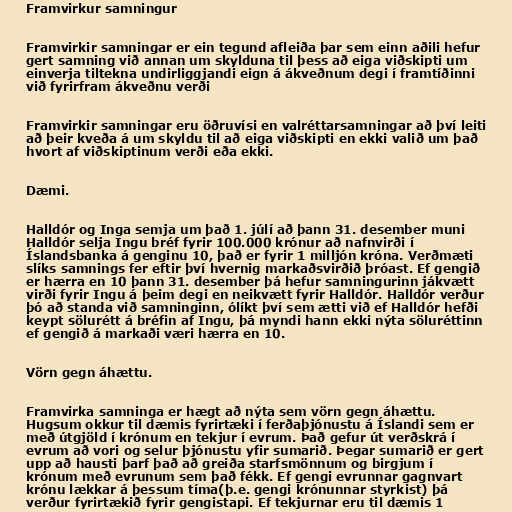
Framvirkur samningur

Framvirkir samningar er ein tegund afleiða þar sem einn aðili hefur
gert samning við annan um skylduna til þess að eiga viðskipti um
einverja tiltekna undirliggjandi eign á ákveðnum degi í framtíðinni
við fyrirfram ákveðnu verði

Framvirkir samningar eru öðruvísi en valréttarsamningar að því leiti
að þeir kveða á um skyldu til að eiga viðskipti en ekki valið um það
hvort af viðskiptinum verði eða ekki.

Dæmi.

Halldór og Inga semja um það 1. júlí að þann 31. desember muni
Halldór selja Ingu bréf fyrir 100.000 krónur að nafnvirði í
Íslandsbanka á genginu 10, það er fyrir 1 milljón króna. Verðmæti
slíks samnings fer eftir því hvernig markaðsvirðið þróast. Ef gengið
er hærra en 10 þann 31. desember þá hefur samningurinn jákvætt
virði fyrir Ingu á þeim degi en neikvætt fyrir Halldór. Halldór verður
þó að standa við samninginn, ólíkt því sem ætti við ef Halldór hefði
keypt sölurétt á bréfin af Ingu, þá myndi hann ekki nýta söluréttinn
ef gengið á markaði væri hærra en 10.

Vörn gegn áhættu.

Framvirka samninga er hægt að nýta sem vörn gegn áhættu.
Hugsum okkur til dæmis fyrirtæki í ferðaþjónustu á Íslandi sem er
með útgjöld í krónum en tekjur í evrum. Það gefur út verðskrá í
evrum að vori og selur þjónustu yfir sumarið. Þegar sumarið er gert
upp að hausti þarf það að greiða starfsmönnum og birgjum í
krónum með evrunum sem það fékk. Ef gengi evrunnar gagnvart
krónu lækkar á þessum tíma(þ.e. gengi krónunnar styrkist) þá
verður fyrirtækið fyrir gengistapi. Ef tekjurnar eru til dæmis 1